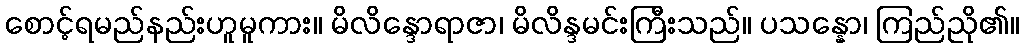
စောင့်ရမည်နည်းဟူမူကား။ မိလိန္ဒောရာဇာ၊ မိလိန္ဒမင်းကြီးသည်။ ပသန္နော၊ ကြည်ညို၏။